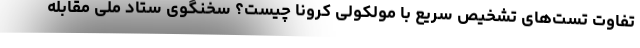
تفاوت تست‌های تشخیص سریع با مولکولی کرونا چیست؟ سخنگوی ستاد ملی مقابله